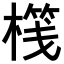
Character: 𣘷